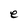
Character: e